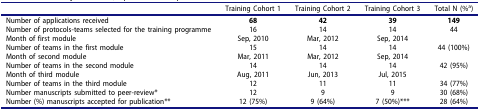
|  | Training Cohort 1 | Training Cohort 2 | Training Cohort 3 | Total N (%a) |
 | --- | --- | --- | --- | --- |
 | Number of applications received | 68 | 42 | 39 | 149 |
 | Number of protocols-teams selected for the training programme | 16 | 14 | 14 | 44 |
 | Month of first module | Sep, 2010 | Mar, 2012 | Sep, 2014 |  |
 | Number of teams in the first module | 15 | 14 | 14 | 44 (100%) |
 | Month of second module | Mar, 2011 | Mar, 2012 | Sep, 2014 |  |
 | Number of teams in the second module | 14 | 14 | 14 | 42 (95%) |
 | Month of third module | Aug, 2011 | Jun, 2013 | Jul, 2015 |  |
 | Number of teams in the third module | 12 | 11 | 11 | 34 (77%) |
 | Number manuscripts submitted to peer-review* | 12 | 9 | 9 | 30 (68%) |
 | Number (%) manuscripts accepted for publication** | 12 (75%) | 9 (64%) | 7 (50%)*** | 28 (64%) |